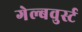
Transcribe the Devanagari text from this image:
गेल्बवुर्स्ट